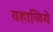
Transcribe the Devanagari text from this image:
वहाळिये